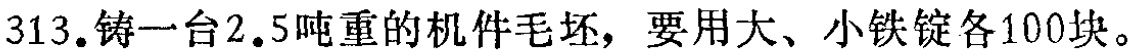
313.铸一台2.5吨重的机件毛坯，要用大、小铁锭各100块。